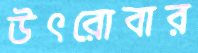
উৎরোবার